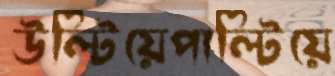
উল্টিয়েপাল্টিয়ে